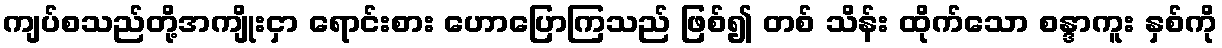
ကျပ်စသည်တို့အကျိုးငှာ ရောင်းစား ဟောပြောကြသည် ဖြစ်၍ တစ် သိန်း ထိုက်သော စန္ဒာကူး နှစ်ကို